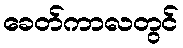
ခေတ်ကာလတွင်